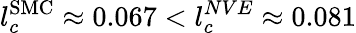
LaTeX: l_{c}^{\mathrm{SMC}}\approx 0.067<l_{c}^{NVE}\approx 0.081